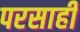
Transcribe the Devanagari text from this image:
परसाही